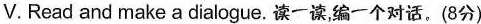
V.Read and make a dialogue.读一读,编一个对话,(8分)